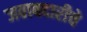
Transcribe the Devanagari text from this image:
जवाबदारीचे